Indian journal of veterinary science and animal husbandry - Volumes 18-21, 1948-1951
Year: 1948
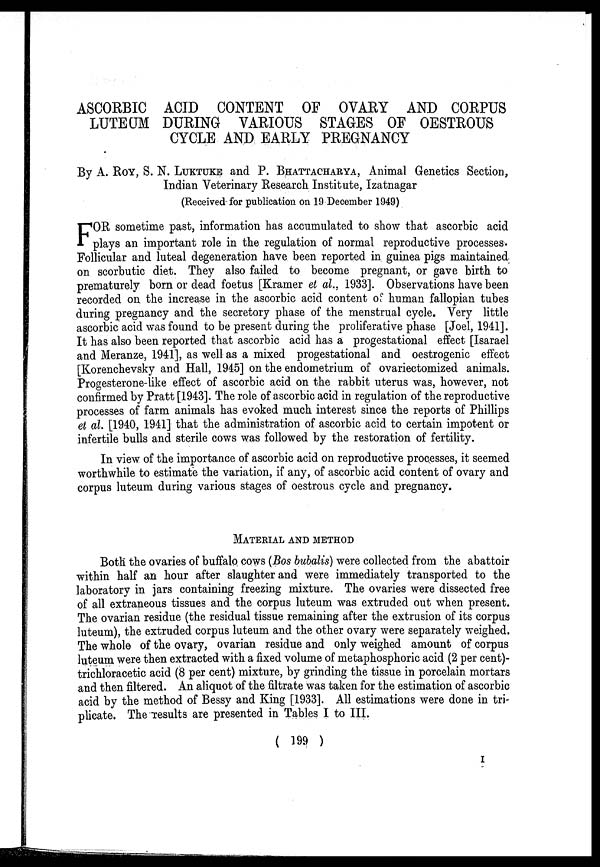
ASCORBIC ACID CONTENT OF OVARY AND CORPUS
LUTEUM DURING VARIOUS STAGES OF OESTROUS
CYCLE AND EARLY PREGNANCY
By A. ROY, S. N. LUKTUKE and P. BHATTACHARYA, Animal Genetics Section,
Indian Veterinary Research Institute, Izatnagar
(Received for publication on 19 December 1949)
F OR sometime past, information has accumulated to show that ascorbic acid
plays an important role in the regulation of normal reproductive processes.
Follicular and luteal degeneration have been reported in guinea pigs maintained
on scorbutic diet. They also failed to become pregnant, or gave birth to
prematurely born or dead foetus [Kramer et al., 1933]. Observations have been
recorded on the increase in the ascorbic acid content of human fallopian tubes
during pregnancy and the secretory phase of the menstrual cycle. Very little
ascorbic acid was found to be present during the proliferative phase [Joel, 1941].
It has also been reported that ascorbic acid has a progestational effect [Isarael
and Meranze, 1941], as well as a mixed progestational and oestrogenic effect
[Korenchevsky and Hall, 1945] on the endometrium of ovariectomized animals.
Progesterone-like effect of ascorbic acid on the rabbit uterus was, however, not
confirmed by Pratt [1943]. The role of ascorbic acid in regulation of the reproductive
processes of farm animals has evoked much interest since the reports of Phillips
et al. [1940, 1941] that the administration of ascorbic acid to certain impotent or
infertile bulls and sterile cows was followed by the restoration of fertility.
In view of the importance of ascorbic acid on reproductive processes, it seemed
worthwhile to estimate the variation, if any, of ascorbic acid content of ovary and
corpus luteum during various stages of oestrous cycle and pregnancy.
MATERIAL AND METHOD
Both the ovaries of buffalo cows (Bos bubalis) were collected from the abattoir
within half an hour after slaughter and were immediately transported to the
laboratory in jars containing freezing mixture. The ovaries were dissected free
of all extraneous tissues and the corpus luteum was extruded out when present.
The ovarian residue (the residual tissue remaining after the extrusion of its corpus
luteum), the extruded corpus luteum and the other ovary were separately weighed.
The whole of the ovary, ovarian residue and only weighed amount of corpus
luteum were then extracted with a fixed volume of metaphosphoric acid (2 per cent)-
trichloracetic acid (8 per cent) mixture, by grinding the tissue in porcelain mortars
and then filtered. An aliquot of the filtrate was taken for the estimation of ascorbic
acid by the method of Bessy and King [1933]. All estimations were done in tri-
plicate. The results are presented in Tables I to III.
( 199 )
I